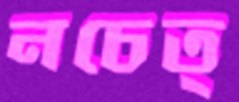
নচেত্